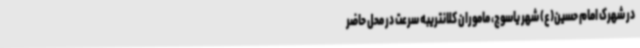
در شهرک امام حسین(ع) شهر یاسوج، ماموران کلانتریبه سرعت در محل حاضر